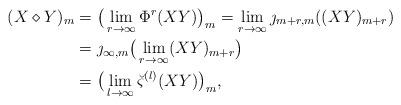
LaTeX: \begin{align*}(X\diamond Y)_m&=\big(\lim_{r\to\infty}\Phi^r(XY)\big)_m=\lim_{r\to\infty}\jmath_{m+r,m}((XY)_{m+r})\\&=\jmath_{\infty,m}\big(\lim_{r\to\infty}(XY)_{m+r}\big)\\&=\big(\lim_{l\to\infty}\breve{\varsigma}^{(l)}(XY)\big)_m,\end{align*}